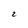
Character: 2